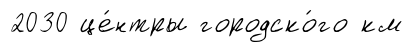
2030 це́нтры городско́го км